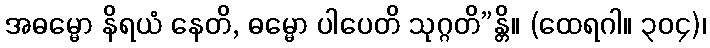
အဓမ္မော နိရယံ နေတိ, ဓမ္မော ပါပေတိ သုဂ္ဂတိ”န္တိ။ (ထေရဂါ။ ၃၀၄)၊